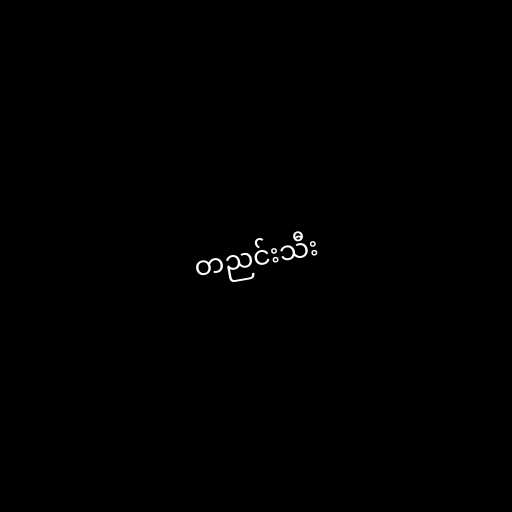
တညင်းသီး